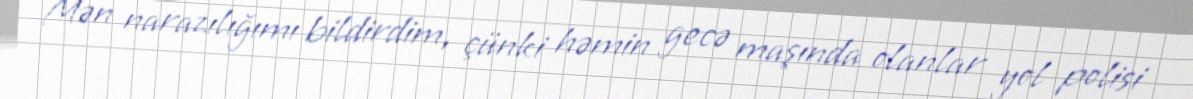
Mən narazılığımı bildirdim, çünki həmin gecə maşında olanlar yol polisi